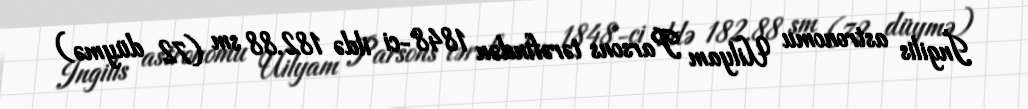
İngilis astronomu Uilyam Parsons tərəfindən 1848-ci ildə 182.88 sm (72 düymə)